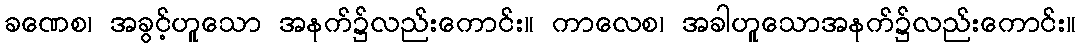
ခဏေစ၊ အခွင့်ဟူသော အနက်၌လည်းကောင်း။ ကာလေစ၊ အခါဟူသောအနက်၌လည်းကောင်း။